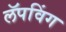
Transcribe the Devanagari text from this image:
लॅपविंग